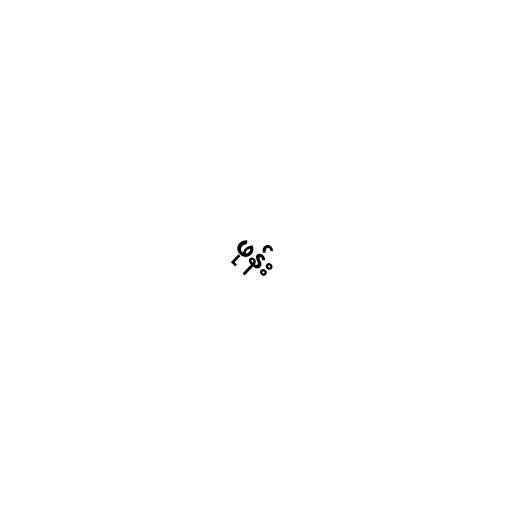
ဖုန်း